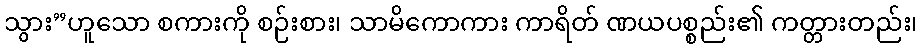
သွား”ဟူသော စကားကို စဉ်းစား၊ သာမိကောကား ကာရိတ် ဏယပစ္စည်း၏ ကတ္တားတည်း၊